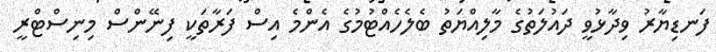
ފަނޑިޔާރު ވިދާޅުވީ ދައުލަތުގެ މާލިއްޔަތު ބެލެހެއްޓުމުގެ އެންމެ އިސް ފަރާތަކީ ފިނޭންސް މިނިސްޓްރީ